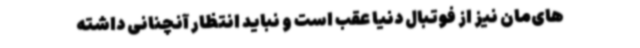
‌های‌مان نیز از فوتبال دنیا عقب است و نباید انتظار آنچنانی داشته